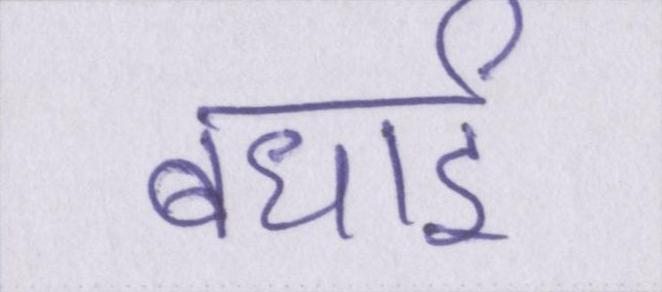
बधाई